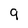
Character: 9